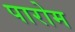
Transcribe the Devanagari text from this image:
पारोम